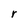
Character: r